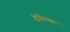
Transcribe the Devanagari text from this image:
देक्ष्णि